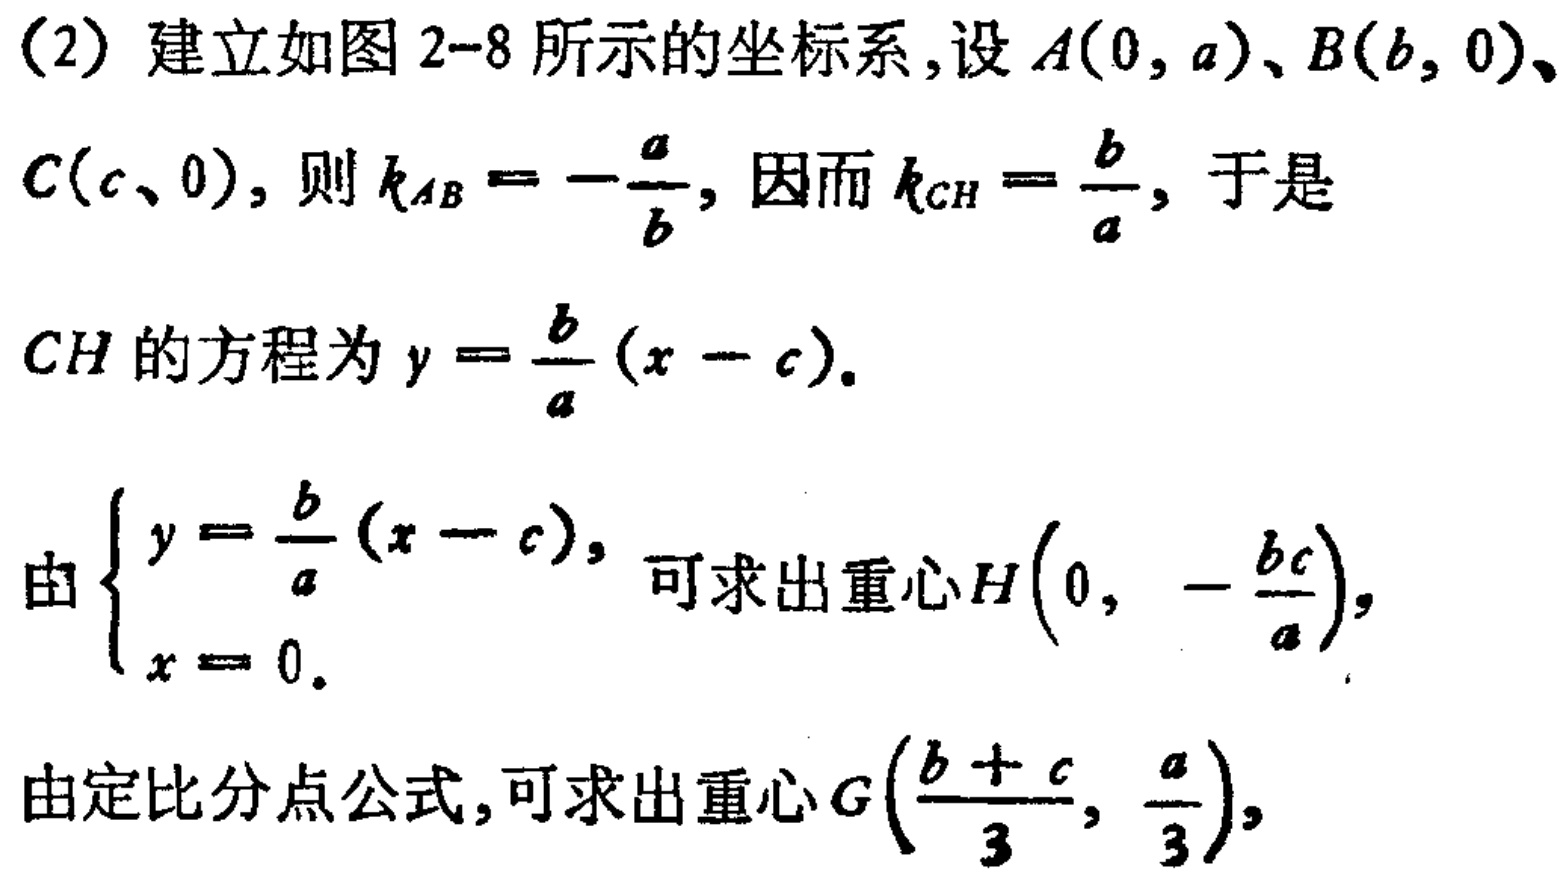
(2) 建立如图 2-8 所示的坐标系,设 \(A(0,a)\)、\(B(b,0)\)、\(C(c,0)\), 则 \(k_{AB}=-\frac{a}{b}\), 因而 \(k_{CH}=\frac{b}{a}\), 于是
\(CH\) 的方程为 \(y = \frac{b}{a}(x - c)\).
由 \(\begin{cases}y = \frac{b}{a}(x - c),\\x = 0.\end{cases}\) 可求出重心 \(H\left(0,-\frac{bc}{a}\right)\),
由定比分点公式,可求出重心 \(G\left(\frac{b + c}{3},\frac{a}{3}\right)\),